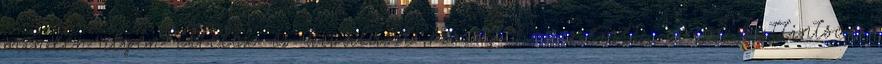
minden ilyen tételek és kiválaszt mozog-hoz szemét, majd kattintson